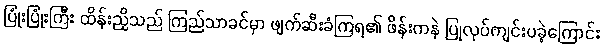
ပြုံးပြုံးကြီး ထိန်းညှိသည် ကြည်သာခင်မှာ ဖျက်ဆီးခံကြရ၏ ဖိန်းကနဲ ပြုလုပ်ကျင်းပခဲ့ကြောင်း